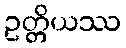
ဥတ္တိယဿ